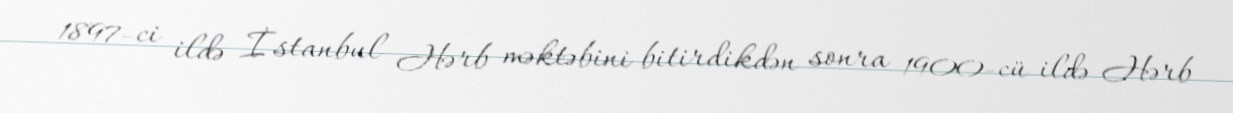
1897-ci ildə İstanbul Hərb məktəbini bitirdikdən sonra 1900-cü ildə Hərb